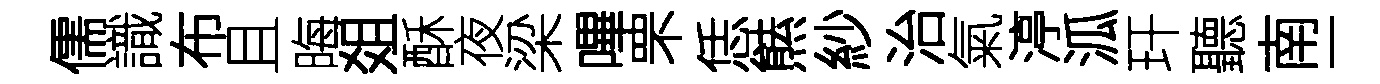
儒識布且晦爼酥夜梁嗶罘恁㷱紗治氣渟泒玕聽南一